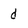
Character: d